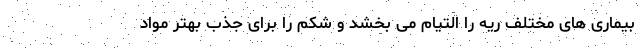
بیماری های مختلف ریه را التیام می بخشد و شکم را برای جذب بهتر مواد